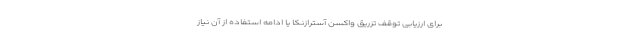
برای ارزیابی توقف تزریق واکسن آسترازنکا یا ادامه استفاده از آن نیاز